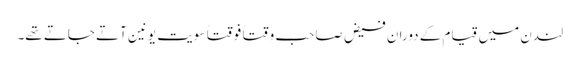
لندن میں قیام کے دوران فیض صاحب وقتاً فوقتاً سویت یونین آتے جاتے تھے۔